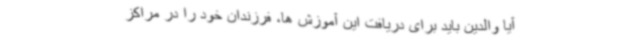
آیا والدین باید برای دریافت این آموزش ها، فرزندان خود را در مراکز